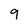
Character: 9